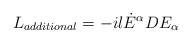
\begin{align*}L_{additional}=-il{\dot{E}}^{\alpha}DE_{\alpha}\end{align*}